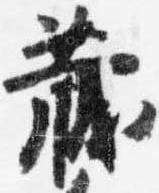
蔵